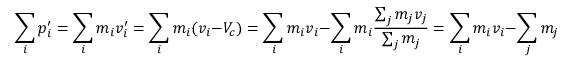
\sum _ { i } p _ { i } ^ { \prime } = \sum _ { i } m _ { i } v _ { i } ^ { \prime } = \sum _ { i } m _ { i } ( v _ { i } - V _ { c } ) = \sum _ { i } m _ { i } v _ { i } - \sum _ { i } m _ { i } { \frac { \sum _ { j } m _ { j } v _ { j } } { \sum _ { j } m _ { j } } } = \sum _ { i } m _ { i } v _ { i } - \sum _ { j } m _ { j } v _ { j } = 0 .